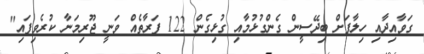
ގަވާއިދާއި ހިލާފަށް ބިދޭސީން ގެންގުޅުމާއި ގުޅިގެން 122 ފަރާތެއް ވަނީ ޖޫރިމަނާ ކުރެވިފައި"